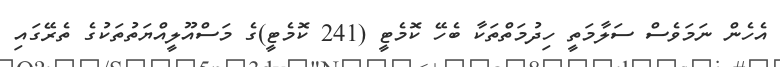
އެހެން ނަމަވެސް ސަލާމަތީ ހިދުމަތްތަކާ ބެހޭ ކޮމެޓީ (241 ކޮމެޓީ)ގެ މަސްއޫލީއްޔަތުތަކުގެ ތެރޭގައި